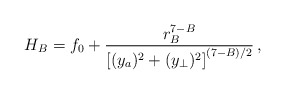
\begin{align*}H_B = f_0 + {{r_B^{7-B}}\over{\left[({{{y}}_a})^2+({{{y}}_\perp})^2\right]^{(7-B)/2} }}\, ,\end{align*}